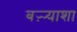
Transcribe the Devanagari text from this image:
बऱ्र्‍याशा